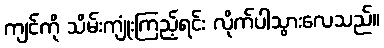
ကျင်ကို သိမ်းကျုံးကြည့်ရင်း လိုက်ပါသွားလေသည်။